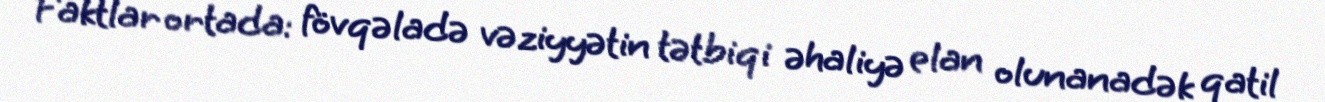
Faktlar ortada: fövqəladə vəziyyətin tətbiqi əhaliyə elan olunanadək qatil